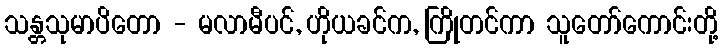
သန္တသုမာပိတော - မလာမီပင်, ဟိုယခင်က, ကြိုတင်ကာ သူတော်ကောင်းတို့